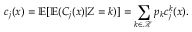
c _ { j } ( x ) = \mathbb { E } [ \mathbb { E } ( C _ { j } ( x ) | Z = k ) ] = \sum _ { k \in \mathcal K } p _ { k } c _ { j } ^ { k } ( x ) .